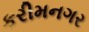
કરીમનગર